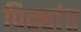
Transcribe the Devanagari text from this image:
पिढ्यांत